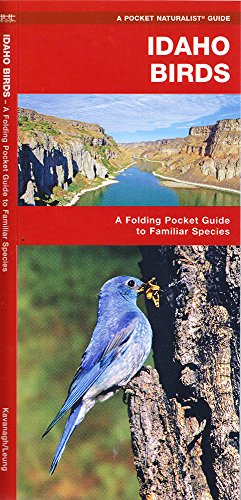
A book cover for Idaho Birds: A Folding Pocket Guide to Familiar Species (Pocket Naturalist Guide Series); James Kavanagh; Travel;